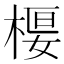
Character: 𣕩